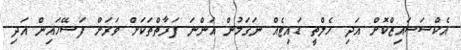
އެކްސަސައިޒްކޮށް އަދި ހެލްތީ ޑައިޓެއް ނަގަމުން އަންނަ ފަރާތްތަކަށް ވަރަށް ފަސޭހައިން އަދި